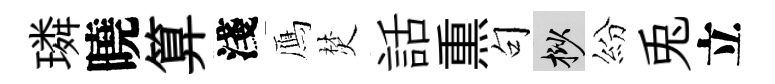
璘曉算淺鴈焚話𤋱句挲紛兎立